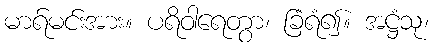
မာရ်မင်းအား။ ပရိဝါရေတွာ၊ ခြံရံ၍။ အဋ္ဌံသု၊